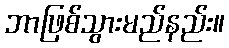
ဘာဖြစ်သွားမည်နည်း။